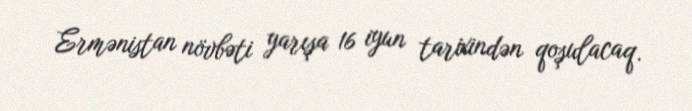
Ermənistan növbəti yarışa 16 iyun tarixindən qoşulacaq.